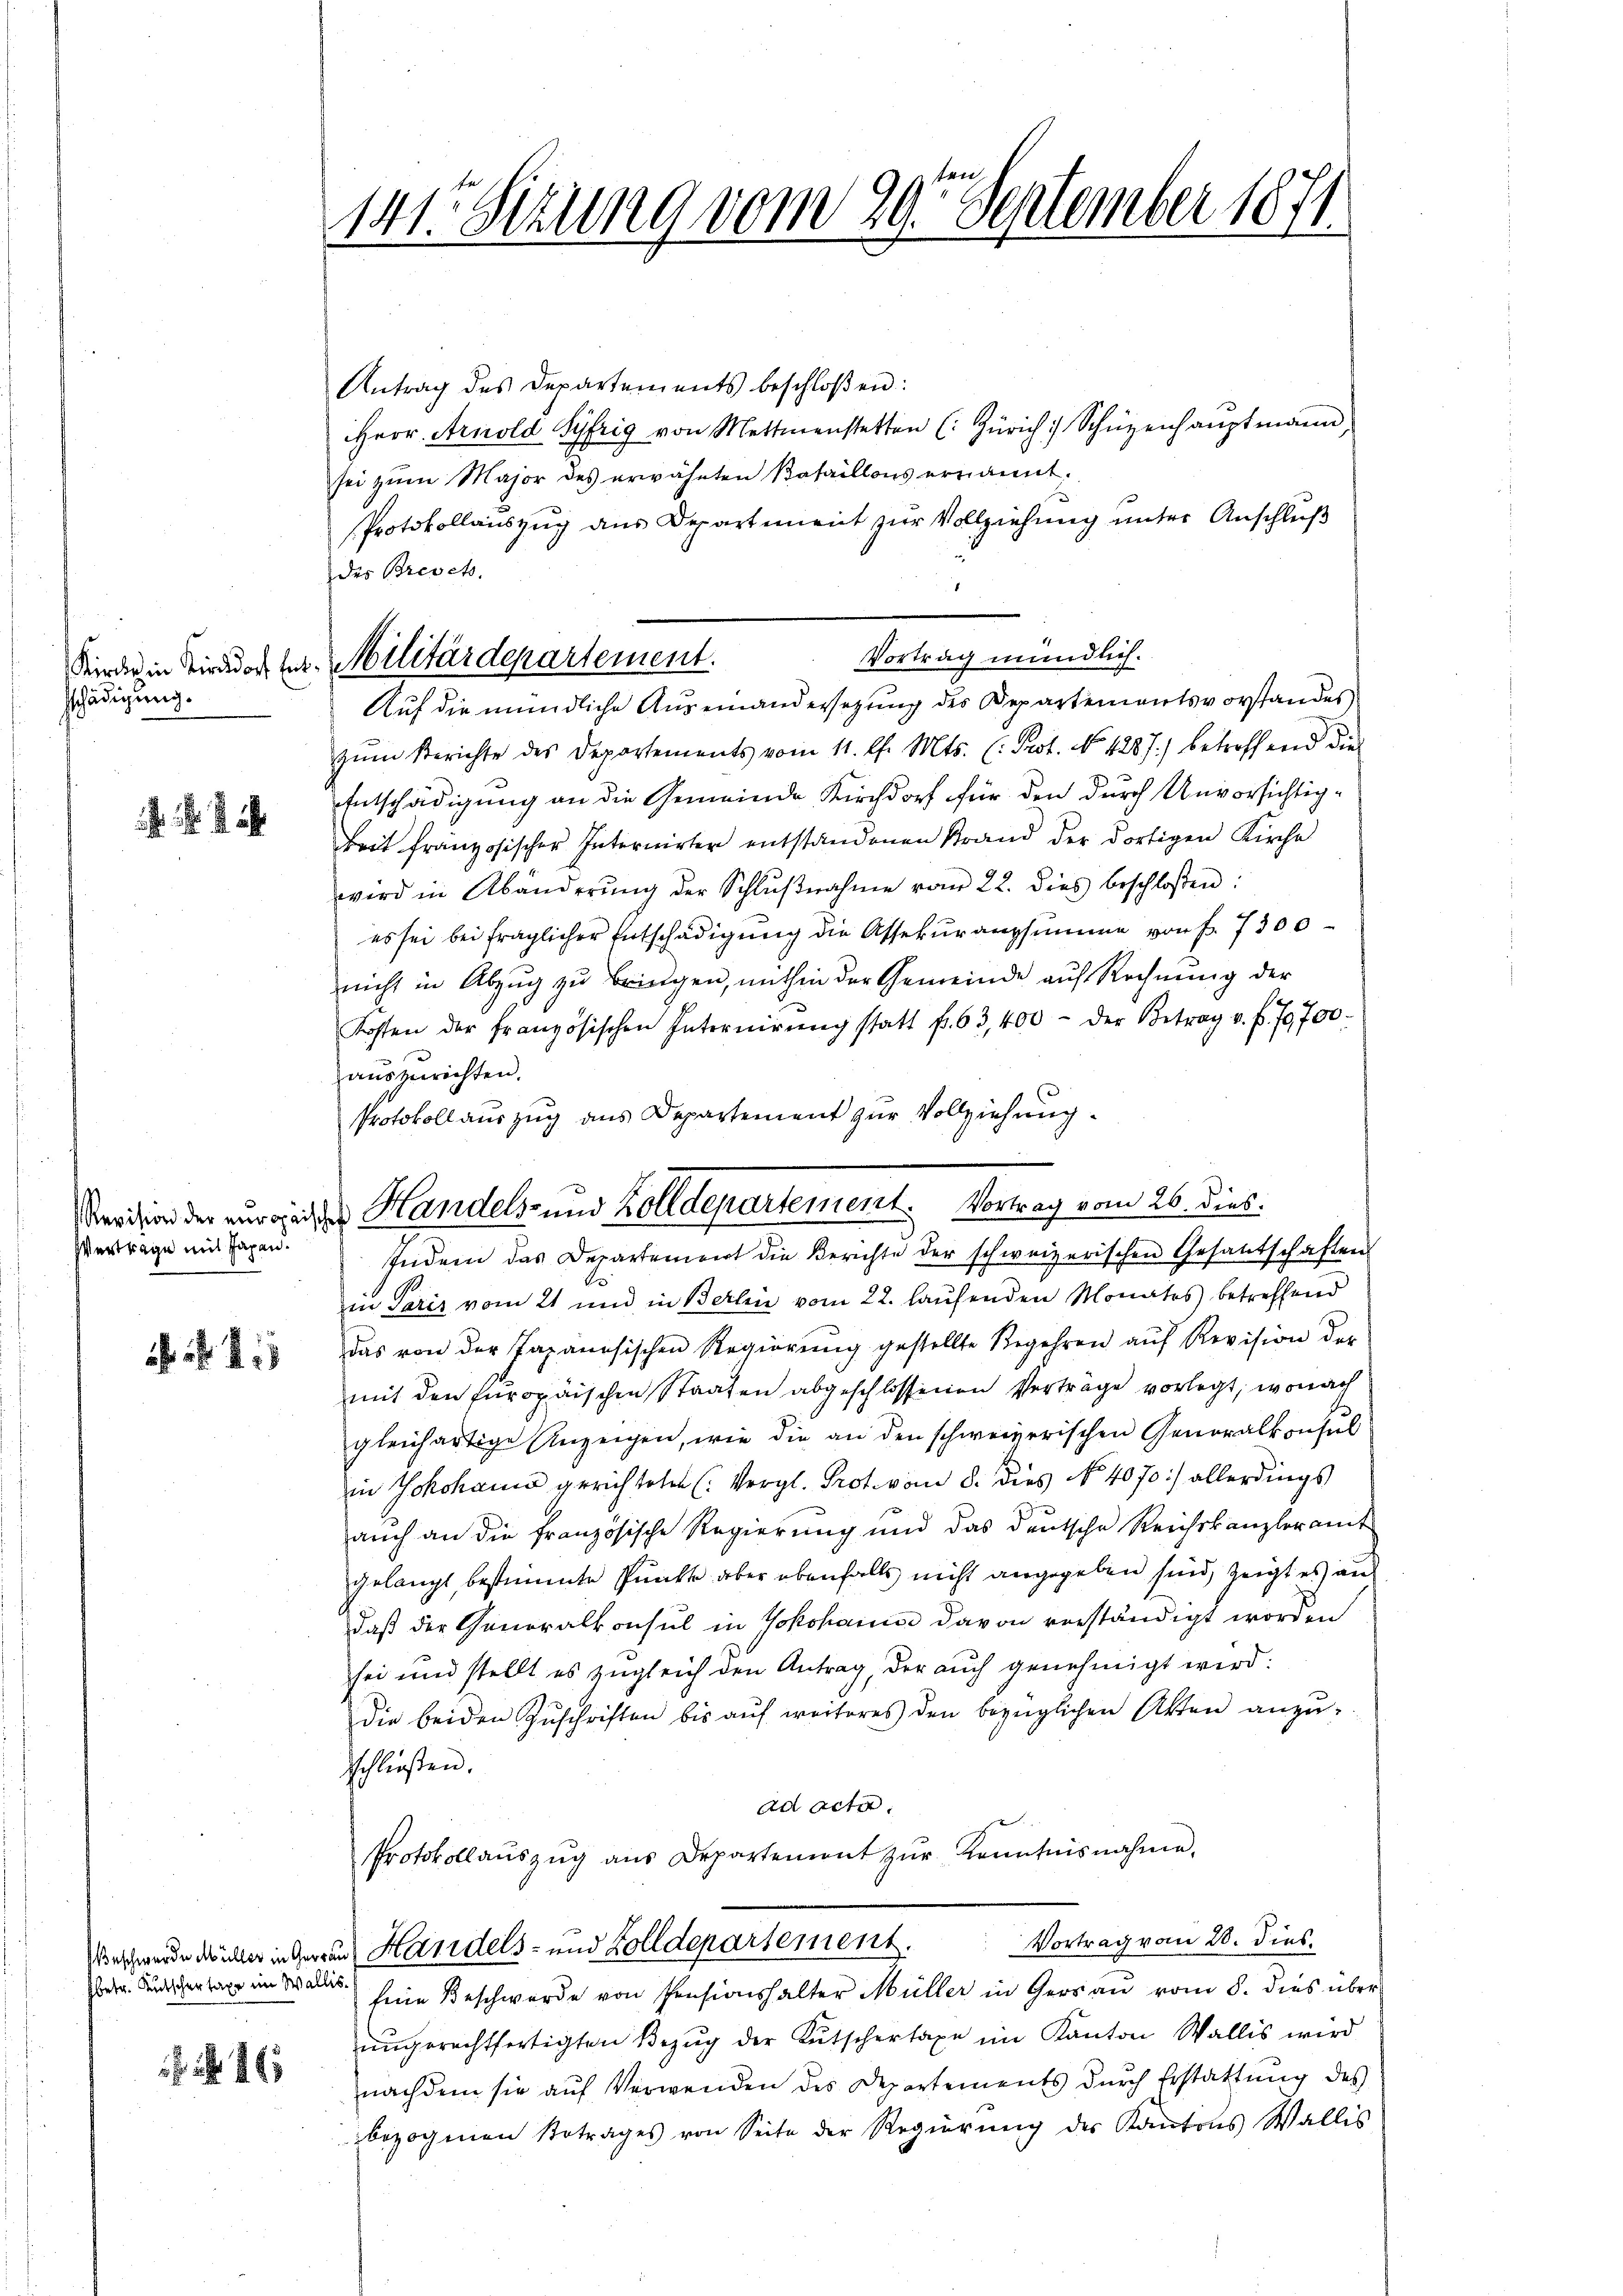
Kirches in Kirsdorf Ent
schädigung.

Vertrage mit Tagen.

1 418

betr. Kutschertaxe im Wallis.

. 461

141. Sizung vom 29. September 1871.

Militärdepartement.

Antrag des Departements beschloßen:
Herr Arnold Syfrig von Mettmenstetten (: Zürich Schüzenhaŭptmann,
sei zum Major des erwähnten Bataillons ernannt,
Protokollauszug aus Departement zur Vollziehung unter Anschluß
des Brevets.
Vortrag mündlich.
Auf die mündliche Auseinandersetzung des Departementsvorstandes
zŭm Berichte des Departements vom 11. l. Mts. (: Prot. No. 4287.) betreffend die
Entschädigung an die Gemeinde Kirchdorf für den durch Unvorsichtigkeit französischer Internirter entstandenen Krand der dortigen Kirche
wird in Abänderŭng der Schlŭβnahme vom 22. dies beschloßen:
es sei bei fraglicher Entschädigung die Assekuranzsumme von f. 7300
nicht in Abzug zu bringen, mithin der Gemeinde auf Rechnung der
Kosten der französischen Internirŭng statt f. 63,400 - der Betrag v. f. 70700.
auszurichten.
Protokollauszug aus Departement zur Vollziehung.
Indem das Departement die Berichte der schweizerischen Gesandtschaften
in Paris vom 21 und in Berlin vom 22. laufenden Monates betreffend
das von der Taxanösischen Regierŭng gestellte Begehren aŭf Revision der
mit den Europäischen Staaten abgeschlossenen Verträge vorlegt, wonach
gleichartige Anzeigen, wie die an den schweizerischen Generalkonsul
in Yokohama gerichteten (Vergl. Prot. vom 8. dies No. 4070) allerdings
auch an die französische Regierung und das deutsche Reichskanzleramt
gelangt, bestimmte Punkte aber ebenfalls nicht angegeben sind, zeigt es an
daß der Generalkonsul in Yokohanne davon verständigt worden
sei und stellt es zugleich den Antrag, der auch genehmigt wird:
die beiden Zŭschriften bis aŭf weiteres den bezüglichen Akten anzŭ-
schließen.
ad acta
Protokollaŭszŭg ans Departement zŭr Kenntnisnahme.
Vortrag vom 20. dies.
rschwerde Müller in Herren Handels- und Zolldepartement.
Eine Beschwerde von Pensionshalter Müller in Geraŭ vom 8. dies über
ungerechtfertigten Bezug der Kutschertaxe im Kanton Wallis wird
nachdem sie auf Verwenden des Departements durch Erstattung des
bezogenen Betrages von Seite der Regierŭng der Kantons Wallis

Verdien der zuredes Handels- und Zolldepartement. Vortrag vom 26. dieß: